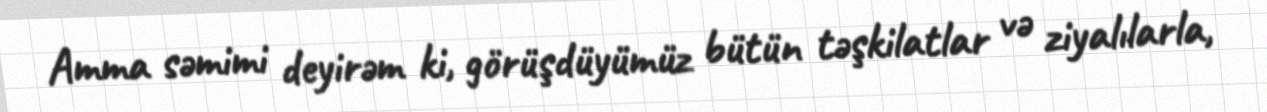
Amma səmimi deyirəm ki, görüşdüyümüz bütün təşkilatlar və ziyalılarla,